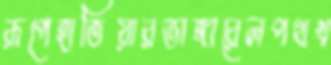
রূপেহাতিয়ারভাঙ্গারেলপথখ